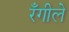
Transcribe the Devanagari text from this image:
रँगीले